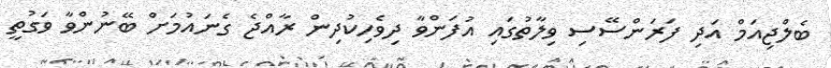
ބެލްޖިއަމް އަދި ފަރަންސޭސި ވިލާތުގައި އުފަންވާ ދިވެހިކުދިން ރާއްޖެ ގެނައުމަށް ބޭނުންވާ ވަގުތީ